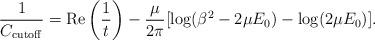
LaTeX: \begin{align*}\frac{1}{C_{\rm cutoff}}=\mbox{Re}\left(\frac{1}{t}\right) - \frac{\mu}{2 \pi}[\log(\beta^2 - 2 \mu E_0) - \log(2 \mu E_0)].\end{align*}